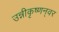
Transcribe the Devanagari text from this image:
उन्नीकृष्णन्‌वर